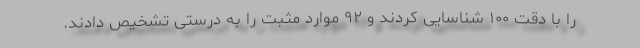
را با دقت ۱۰۰ شناسایی کردند و ۹۲ موارد مثبت را به درستی تشخیص دادند.